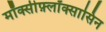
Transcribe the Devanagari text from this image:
मॉक्सीफ़्लॉक्सासिन